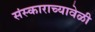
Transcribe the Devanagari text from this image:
संस्काराच्यावेळी